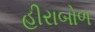
હીરાબોળ